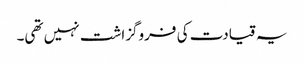
یہ قیادت کی فروگزاشت نہیں تھی۔